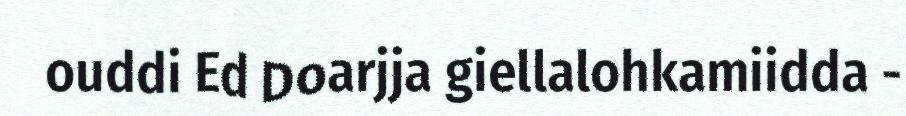
ouddi Ed Doarjja giellalohkamiidda -